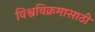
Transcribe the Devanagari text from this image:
विश्वविक्रमासाठी